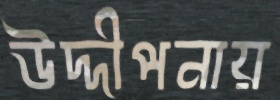
উদ্দীপনায়